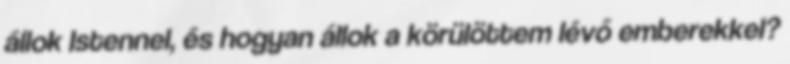
állok Istennel, és hogyan állok a körülöttem lévő emberekkel?